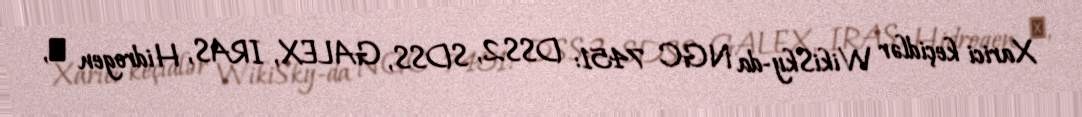
Xarici keçidlər WikiSky-da NGC 7451: DSS2, SDSS, GALEX, IRAS, Hidrogen α,